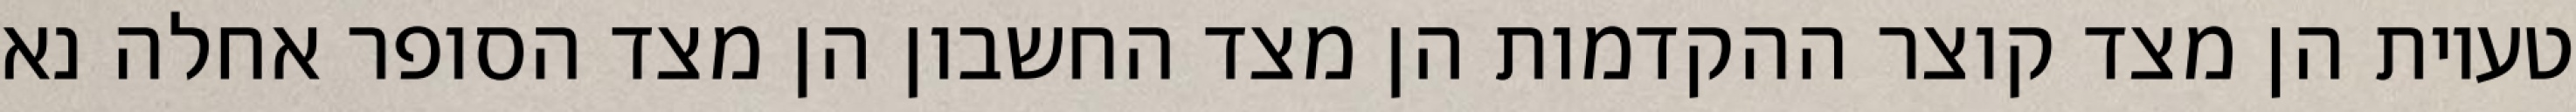
טעיות הן מצד קוצר ההקדמות הן מצד החשבון הן מצד הסופר אחלה נא